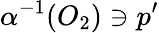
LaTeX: \alpha^{-1}(O_{2})\ni p^{\prime}